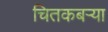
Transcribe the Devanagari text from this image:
चितकबऱ्या